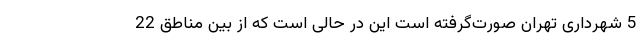
5 شهرداری تهران صورت‌گرفته است این در حالی است که از بین مناطق 22